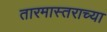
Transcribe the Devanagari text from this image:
तारमास्तराच्या